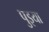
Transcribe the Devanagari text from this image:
पुइया